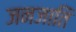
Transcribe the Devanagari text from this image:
जनजाति